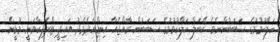
ހަލާކުވުމުގެ ސަބަބުންނެވެ. ކޭބަލް ހަލާކުވުމުގެ ސަބަބުން ރާއްޖެއާ އިންޑިއާދެމެދު އައިޕީ ޓްރެފިކްވަނީ މުޅީން